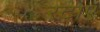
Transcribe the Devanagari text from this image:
रटाए